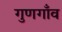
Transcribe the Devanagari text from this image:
गुणगाँव